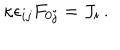
\kappa \epsilon _ { i j } F _ { 0 j } = J _ { i } \, .